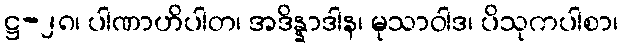
ဋ္ဌ-၂၈၊ ပါဏာဟိပါတ၊ အဒိန္နာဒါန၊ မုသာဝါဒ၊ ပိသုကပါစာ၊